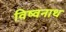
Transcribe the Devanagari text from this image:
विष्वनाथ